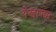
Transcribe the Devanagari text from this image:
येखाण्द्या